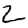
Digit: 2